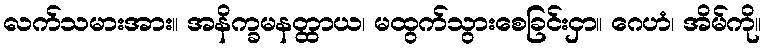
လက်သမားအား။ အနိက္ခမနတ္ထာယ၊ မထွက်သွားစေခြင်းငှာ။ ဂေဟံ၊ အိမ်ကို။